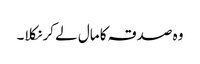
وہ صدقہ کا مال لے کر نکلا۔